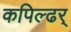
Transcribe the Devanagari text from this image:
कपिल्ढर्